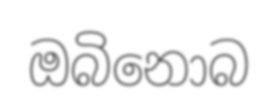
ඔබිනොබ